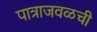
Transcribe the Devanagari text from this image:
पात्राजवळची